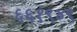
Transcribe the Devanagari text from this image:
६६१९४९